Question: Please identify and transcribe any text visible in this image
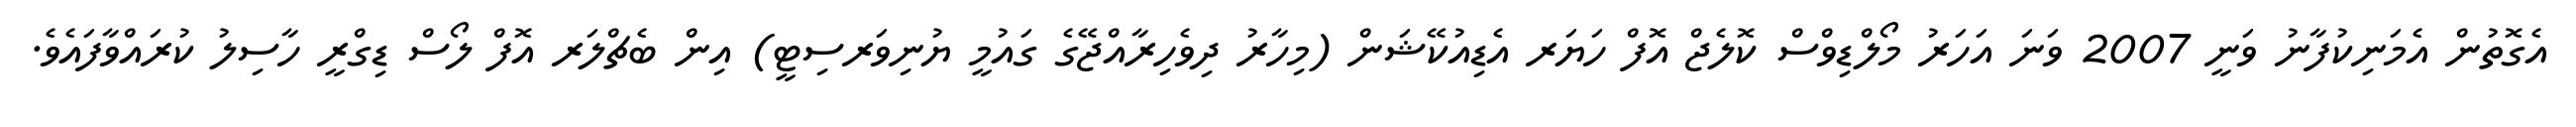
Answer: އެގޮތުން އެމަނިކުފާނު ވަނީ 2007 ވަނަ އަހަރު މޯލްޑިވްސް ކޮލެޖް އޮފް ހަޔަރ އެޑިއުކޭޝަން (މިހާރު ދިވެހިރާއްޖޭގެ ގައުމީ ޔުނިވަރސިޓީ) އިން ބެޗްލަރ އޮފް ލޯސް ޑިގްރީ ހާސިލު ކުރައްވާފައެވެ.